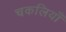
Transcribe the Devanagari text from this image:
चकलियाँ